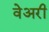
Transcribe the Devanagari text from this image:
वेअरी